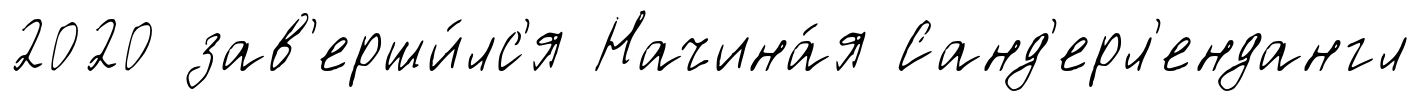
2020 зав'ерши́лс'я Начина́я Санд'ерл'ендангл